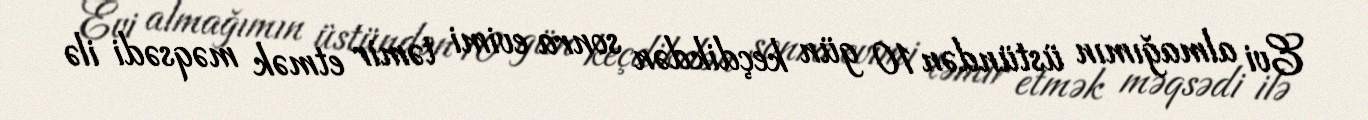
Evi almağımın üstündən 10 gün keçdikdən sonra evimi təmir etmək məqsədi ilə